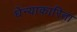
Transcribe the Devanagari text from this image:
घेन्याकारिता